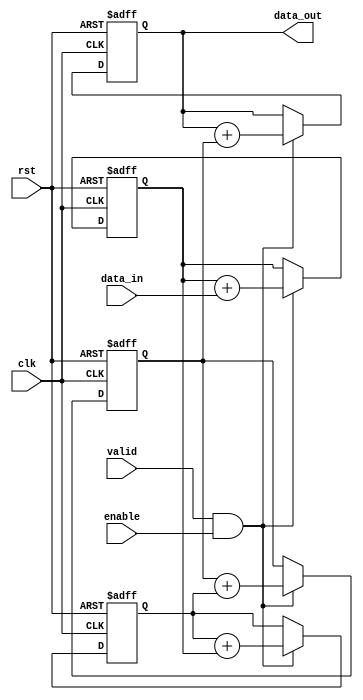
module Pipeline_Accumulator (
  input clk,
  input rst,
  input valid,
  input [31:0] data_in,
  input enable,
  output reg [31:0] data_out
);

reg [31:0] accumulator [3:0];

always @ (posedge clk or posedge rst) begin
  if (rst) begin
    accumulator[0] <= 32'h0;
    accumulator[1] <= 32'h0;
    accumulator[2] <= 32'h0;
    accumulator[3] <= 32'h0;
  end else begin
    if (valid && enable) begin
      accumulator[0] <= accumulator[0] + data_in;
      accumulator[1] <= accumulator[1] + accumulator[0];
      accumulator[2] <= accumulator[2] + accumulator[1];
      accumulator[3] <= accumulator[3] + accumulator[2];
    end
  end
end

assign data_out = accumulator[3];

endmodule